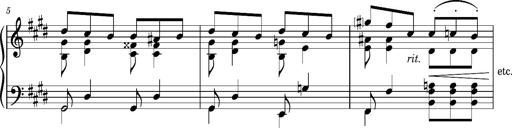
Title: Album-Leaf 'Detmold'
Composer: Franz Liszt
Key: E major